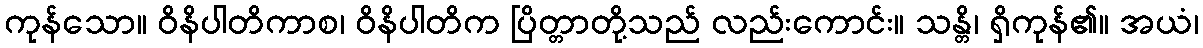
ကုန်သော။ ဝိနိပါတိကာစ၊ ဝိနိပါတိက ပြိတ္တာတို့သည် လည်းကောင်း။ သန္တိ၊ ရှိကုန်၏။ အယံ၊